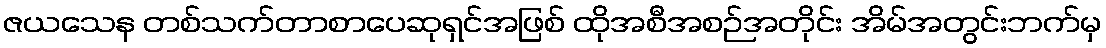
ဇယသေန တစ်သက်တာစာပေဆုရှင်အဖြစ် ထိုအစီအစဉ်အတိုင်း အိမ်အတွင်းဘက်မှ